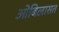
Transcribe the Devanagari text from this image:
ओबिलासत